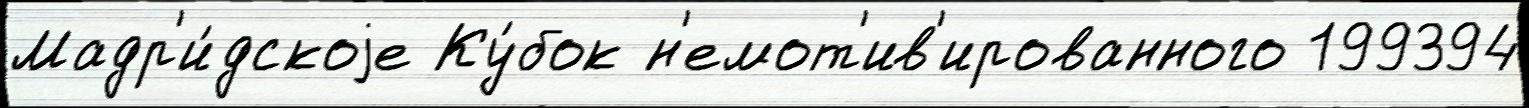
Мадр'и́дскоjе Ку́бок н'емот'ив'ированного 199394